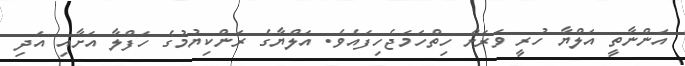
އަންނާތީ އަލްޔާ ހުރީ ވަރަށް ހިތްހަމަޖެހިފައެވެ. އަލްޔާގެ ރަންކިޔުމުގެ ހަފްލާ އަށާއި އަދި